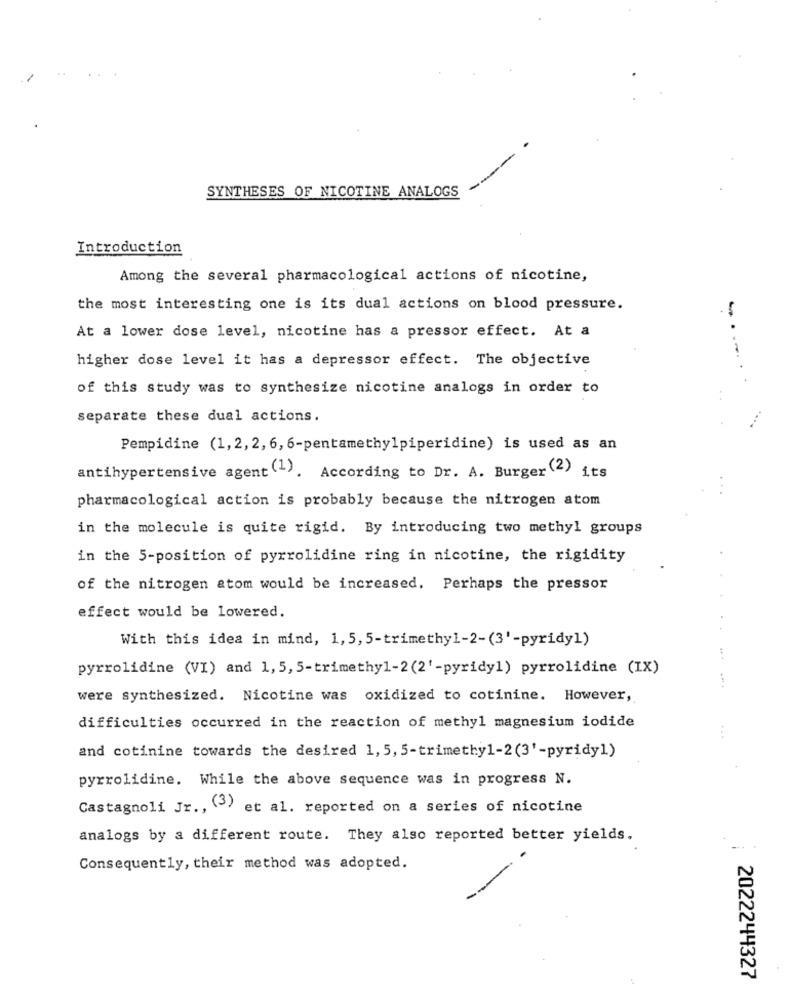
SYNTHESES OF NICOTINE ANALOGS
Introduction
Among the several pharmacological actions of nicotine,
the most interesting one is its dual actions on blood pressure.
-
At a lower dose level, nicotine has a pressor effect. At a
higher dose level it has a depressor effect. The objective
.-.
of this study was to synthesize nicotine analogs in order to
separate these dual actions.
Pempidine (1,2,2, 6, 6-pentamethylpiperidine) is used as an
antihypertensive agent (-). According to Dr. A. Burger (2) its
pharmacological action is probably because the nitrogen atom
in the molecule is quite rigid. By introducing two methyl groups
in the 5-position of pyrrolidine ring in nicotine, the rigidity
of the nitrogen atom would be increased. Perhaps the pressor
effect would be lowered.
With this idea in mind, 1, 5, 5-trimethyl-2-(3'-pyridy1)
pyrrolidine (VI) and 1,5, 5-trimethyl-2(2'-pyridyl) pyrrolidine (IX)
were synthesized. Nicotine was oxidized to cotinine. However,
difficulties occurred in the reaction of methyl magnesium iodide
and cotinine towards the desired 1, 5, 5-trimethyl-2(3'-pyridy1)
pyrrolidine. While the above sequence was in progress N.
Castagnoli Jr ., (3) et al. reported on a series of nicotine
analogs by a different route. They also reported better yields.
Consequently, their method was adopted.
2022244327